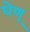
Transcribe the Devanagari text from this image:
धेणू